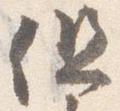
但